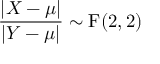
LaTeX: { \frac { | X - \mu | } { | Y - \mu | } } \sim \operatorname { F } ( 2 , 2 )